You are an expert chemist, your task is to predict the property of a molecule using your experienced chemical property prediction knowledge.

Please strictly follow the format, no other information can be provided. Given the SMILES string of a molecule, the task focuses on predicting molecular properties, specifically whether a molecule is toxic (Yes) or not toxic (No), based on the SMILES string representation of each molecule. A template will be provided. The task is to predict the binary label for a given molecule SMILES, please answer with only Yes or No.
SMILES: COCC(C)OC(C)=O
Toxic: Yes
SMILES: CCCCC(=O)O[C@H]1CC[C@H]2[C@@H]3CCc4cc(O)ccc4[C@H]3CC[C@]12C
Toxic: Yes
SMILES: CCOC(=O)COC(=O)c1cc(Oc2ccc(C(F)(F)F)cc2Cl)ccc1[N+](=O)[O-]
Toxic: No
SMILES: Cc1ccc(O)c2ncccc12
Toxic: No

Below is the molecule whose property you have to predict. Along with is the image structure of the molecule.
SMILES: CCC(C)OC(=O)N1CCCCC1CCO
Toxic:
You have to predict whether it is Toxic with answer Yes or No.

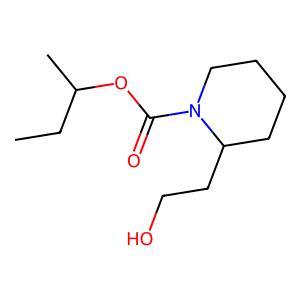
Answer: No